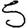
Digit: 5